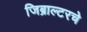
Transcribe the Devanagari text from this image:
जिब्राल्टरचे